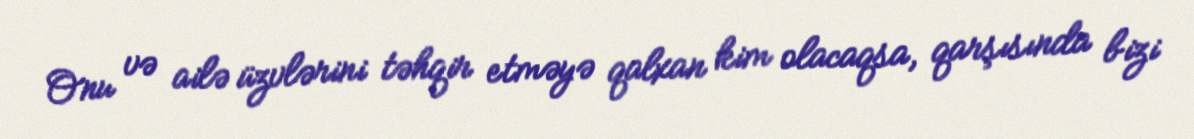
Onu və ailə üzvlərini təhqir etməyə qalxan kim olacaqsa, qarşısında bizi